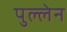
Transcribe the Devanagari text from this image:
पुल्लेन